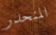
المنحدر